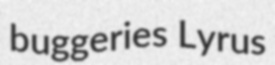
buggeries Lyrus